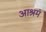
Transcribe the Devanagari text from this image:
आश्रमं